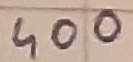
Text: 400